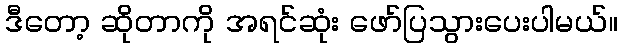
ဒီတော့ ဆိုတာကို အရင်ဆုံး ဖော်ပြသွားပေးပါမယ်။